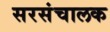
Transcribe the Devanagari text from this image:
सरसंचालक